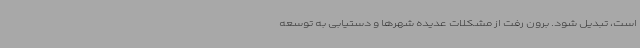
است، تبدیل شود. برون رفت از مشکلات عدیده شهرها و دستیابی به توسعه